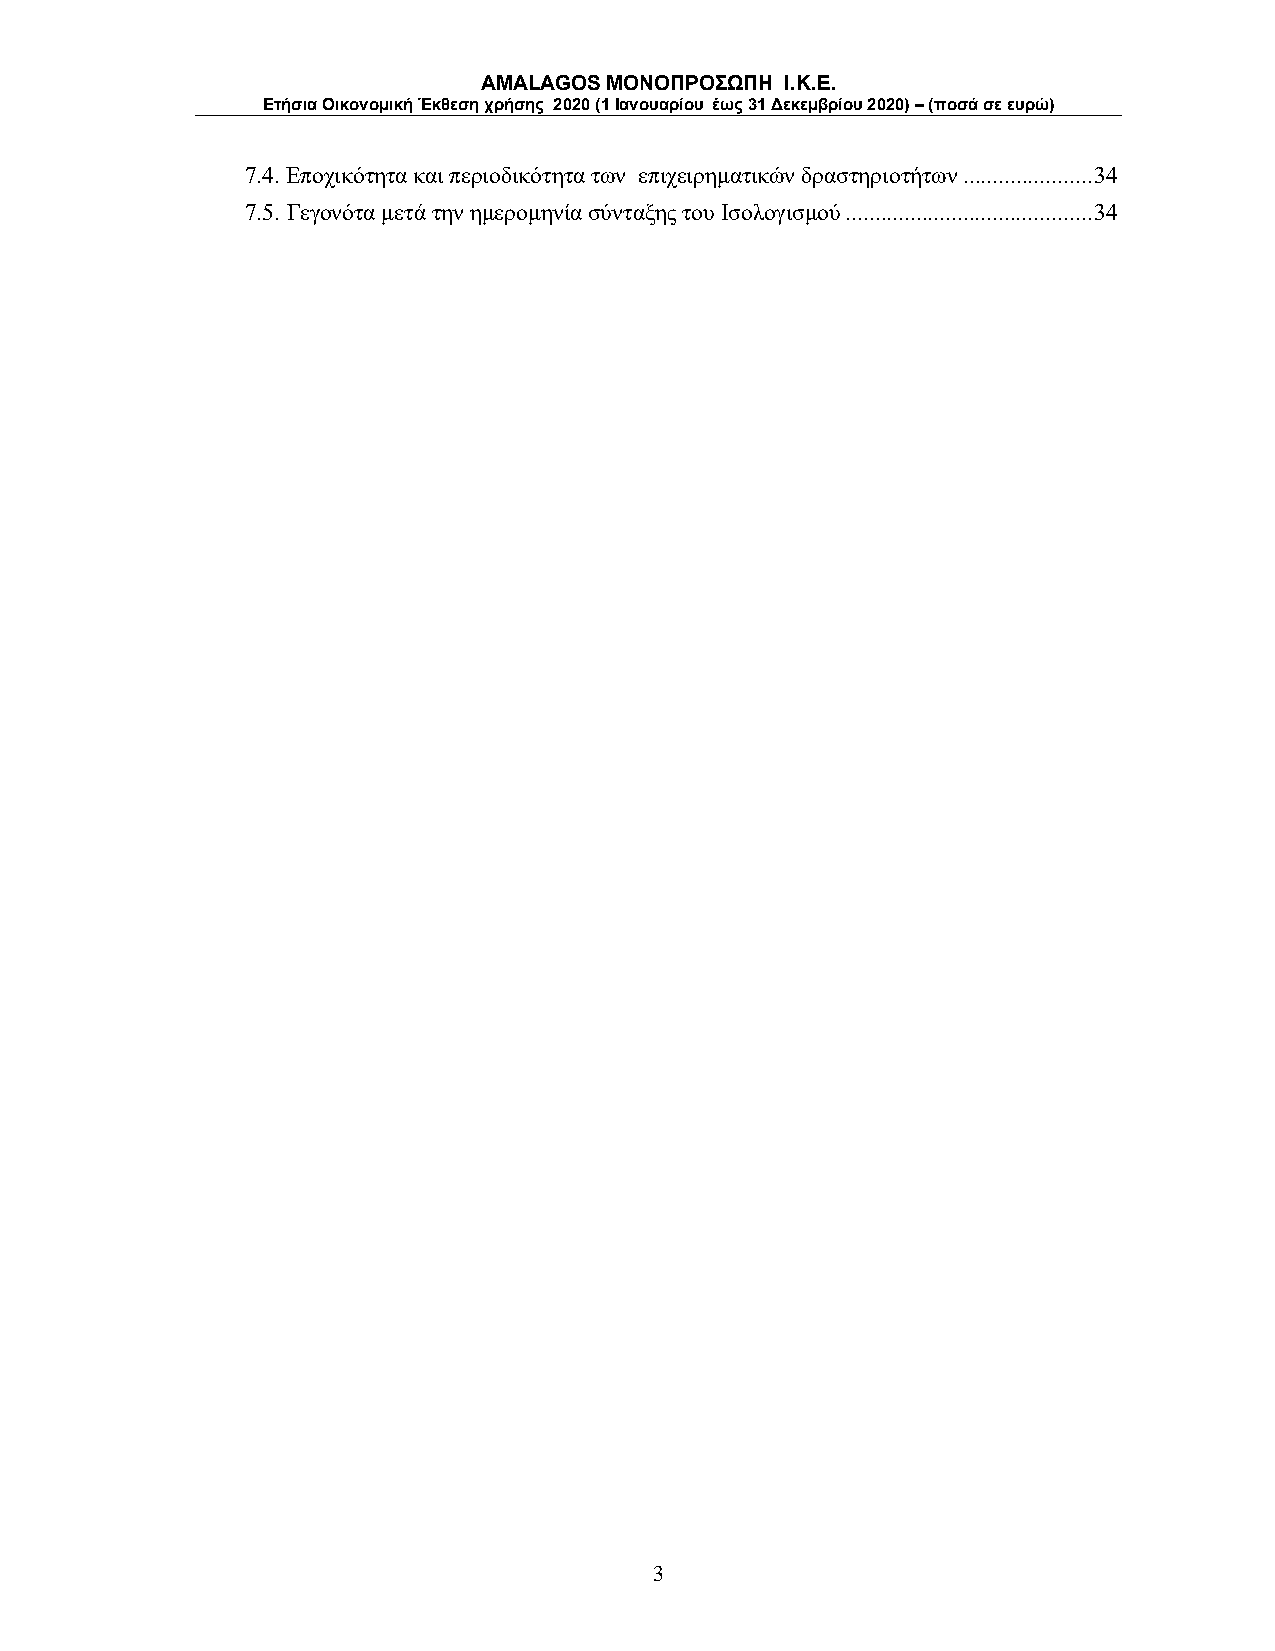
AMALAGOS ΜΟΝΟΠΡΟΣΩΠΗ I.K.E.
 Ετήσια Οικονομική Έκθεση χρήσης 2020 (1 Ιανουαρίου έως 31 Δεκεμβρίου 2020) – (ποσά σε ευρώ)
 7.4. Εποχικότητα και περιοδικότητα των επιχειρηματικών δραστηριοτήτων ...................... 34
 7.5. Γεγονότα μετά την ημερομηνία σύνταξης του Ισολογισμού .......................................... 34
 3